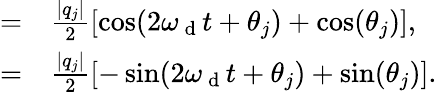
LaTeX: \begin{array}{rl}{=}&{{}\frac{\lvert q_{j}\rvert}{2}\left[\cos(2\omega_{\mathrm{~d~}}t+\theta_{j})+\cos(\theta_{j})\right],}\\ {=}&{{}\frac{\lvert q_{j}\rvert}{2}\left[-\sin(2\omega_{\mathrm{~d~}}t+\theta_{j})+\sin(\theta_{j})\right].}\end{array}